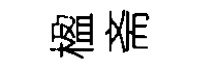
楹斋